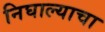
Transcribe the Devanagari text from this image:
निघाल्याचा